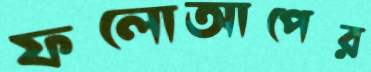
ফলোআপের